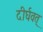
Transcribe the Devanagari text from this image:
दीर्घवत्‌